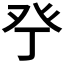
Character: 𱱴